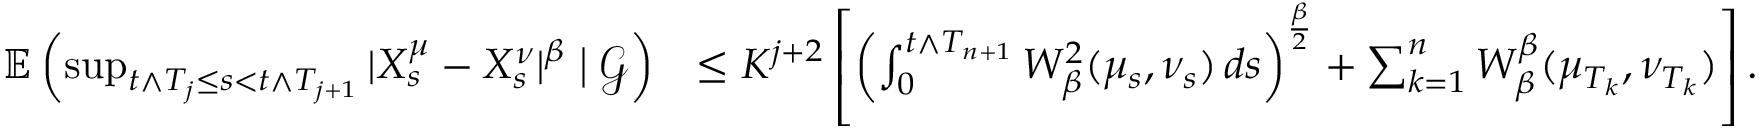
\begin{array} { r l } { \mathbb { E } \left( \operatorname* { s u p } _ { t \wedge T _ { j } \leq s < t \wedge T _ { j + 1 } } | X _ { s } ^ { \mu } - X _ { s } ^ { \nu } | ^ { \beta } \bigm | \mathcal { G } \right) } & { \leq K ^ { j + 2 } \left[ \left( \int _ { 0 } ^ { t \wedge T _ { n + 1 } } W _ { \beta } ^ { 2 } ( \mu _ { s } , \nu _ { s } ) \, d s \right) ^ { \frac { \beta } { 2 } } + \sum _ { k = 1 } ^ { n } W _ { \beta } ^ { \beta } ( \mu _ { T _ { k } } , \nu _ { T _ { k } } ) \right] . } \end{array}